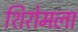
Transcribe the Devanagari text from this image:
शिरोमला